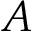
\boldsymbol { A }